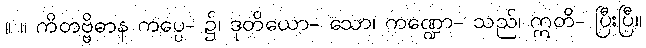
။ ။ ကိတဗ္ဗိဓာန ကပ္ပေ- ၌၊ ဒုတိယော- သော၊ ကဏ္ဍော- သည်၊ ဣတိ- ပြီးပြီ။